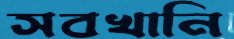
সবখানি